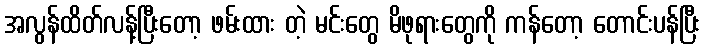
အလွန်ထိတ်လန့်ပြီးတော့ ဖမ်းထား တဲ့ မင်းတွေ မိဖုရားတွေကို ကန်တော့ တောင်းပန်ပြီး